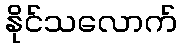
နိုင်သလောက်